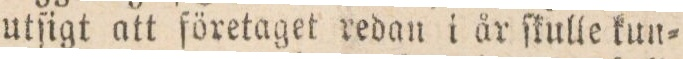
utſigt att företaget redan i år ſkulle kun=